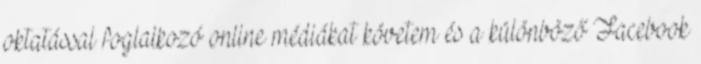
oktatással foglalkozó online médiákat követem és a különböző Facebook